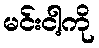
မင်းငါ့ကို